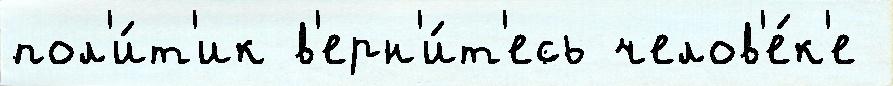
пол'и́т'ик в'ерн'и́т'есь челов'е́к'е